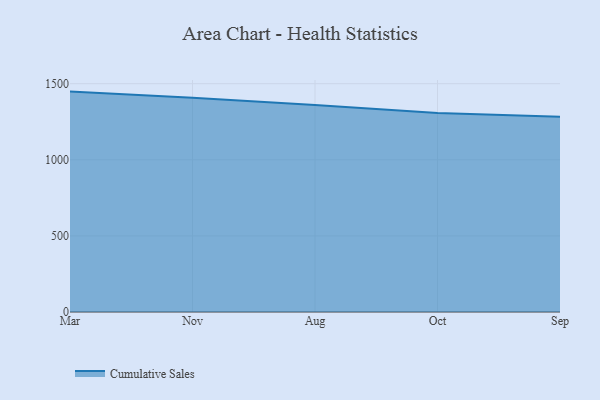
{"axis": {"x": "Month", "y": "Tickets Resolved"}, "legend": ["Cumulative Sales"], "data": [{"x": "Mar", "y": 1448.0, "type": "Cumulative Sales"}, {"x": "Nov", "y": 1407.3, "type": "Cumulative Sales"}, {"x": "Aug", "y": 1359.5, "type": "Cumulative Sales"}, {"x": "Oct", "y": 1306.7, "type": "Cumulative Sales"}, {"x": "Sep", "y": 1283.0, "type": "Cumulative Sales"}]}